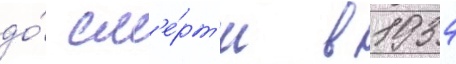
до́ см'е́рт'и в 1934